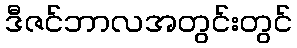
ဒီဇင်ဘာလအတွင်းတွင်